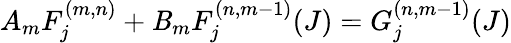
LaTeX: A_{m}F_{j}^{(m,n)}+\mathit{B}_{m}F_{j}^{(n,m-1)}(J)=G_{j}^{(n,m-1)}(J)